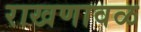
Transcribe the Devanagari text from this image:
राखणावळ